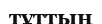
тұттың